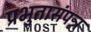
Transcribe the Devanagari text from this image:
प्रभुतासंपन्न